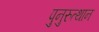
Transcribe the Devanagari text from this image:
पुनुरुत्थान